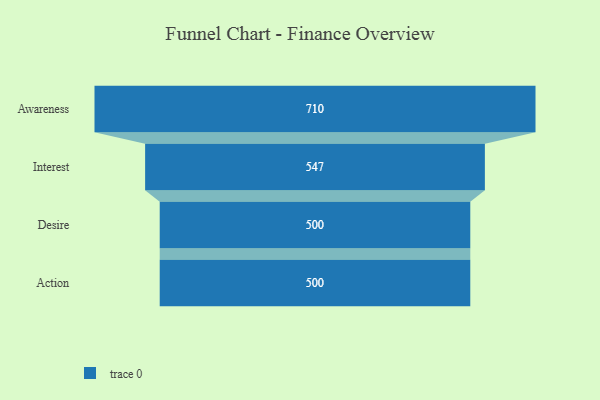
{"axis": {"x": "Stage", "y": "Value"}, "legend": [""], "data": [{"x": "Awareness", "y": 710.0, "type": ""}, {"x": "Interest", "y": 547.0, "type": ""}, {"x": "Desire", "y": 500, "type": ""}, {"x": "Action", "y": 500, "type": ""}]}